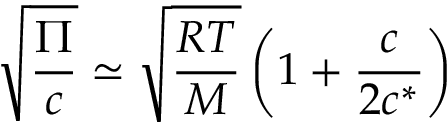
\sqrt { \frac { \Pi } { c } } \simeq \sqrt { \frac { R T } { M } } \left( 1 + \frac { c } { 2 c ^ { * } } \right)